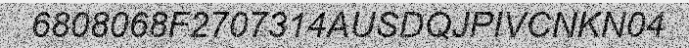
6808068F2707314AUSDQJPIVCNKN04